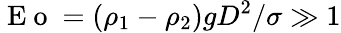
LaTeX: \displaystyle\mathrm{~E~o~}=(\rho_{1}-\rho_{2})gD^{2}/\sigma\gg 1